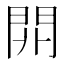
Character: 𨳡